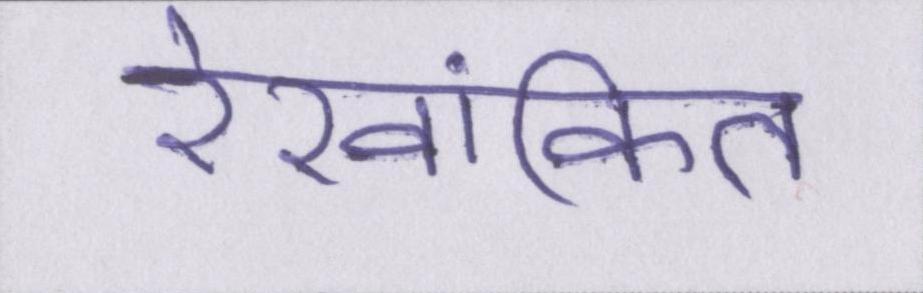
रेखांकित